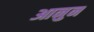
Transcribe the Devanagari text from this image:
आनुन